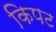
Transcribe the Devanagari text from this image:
किपट